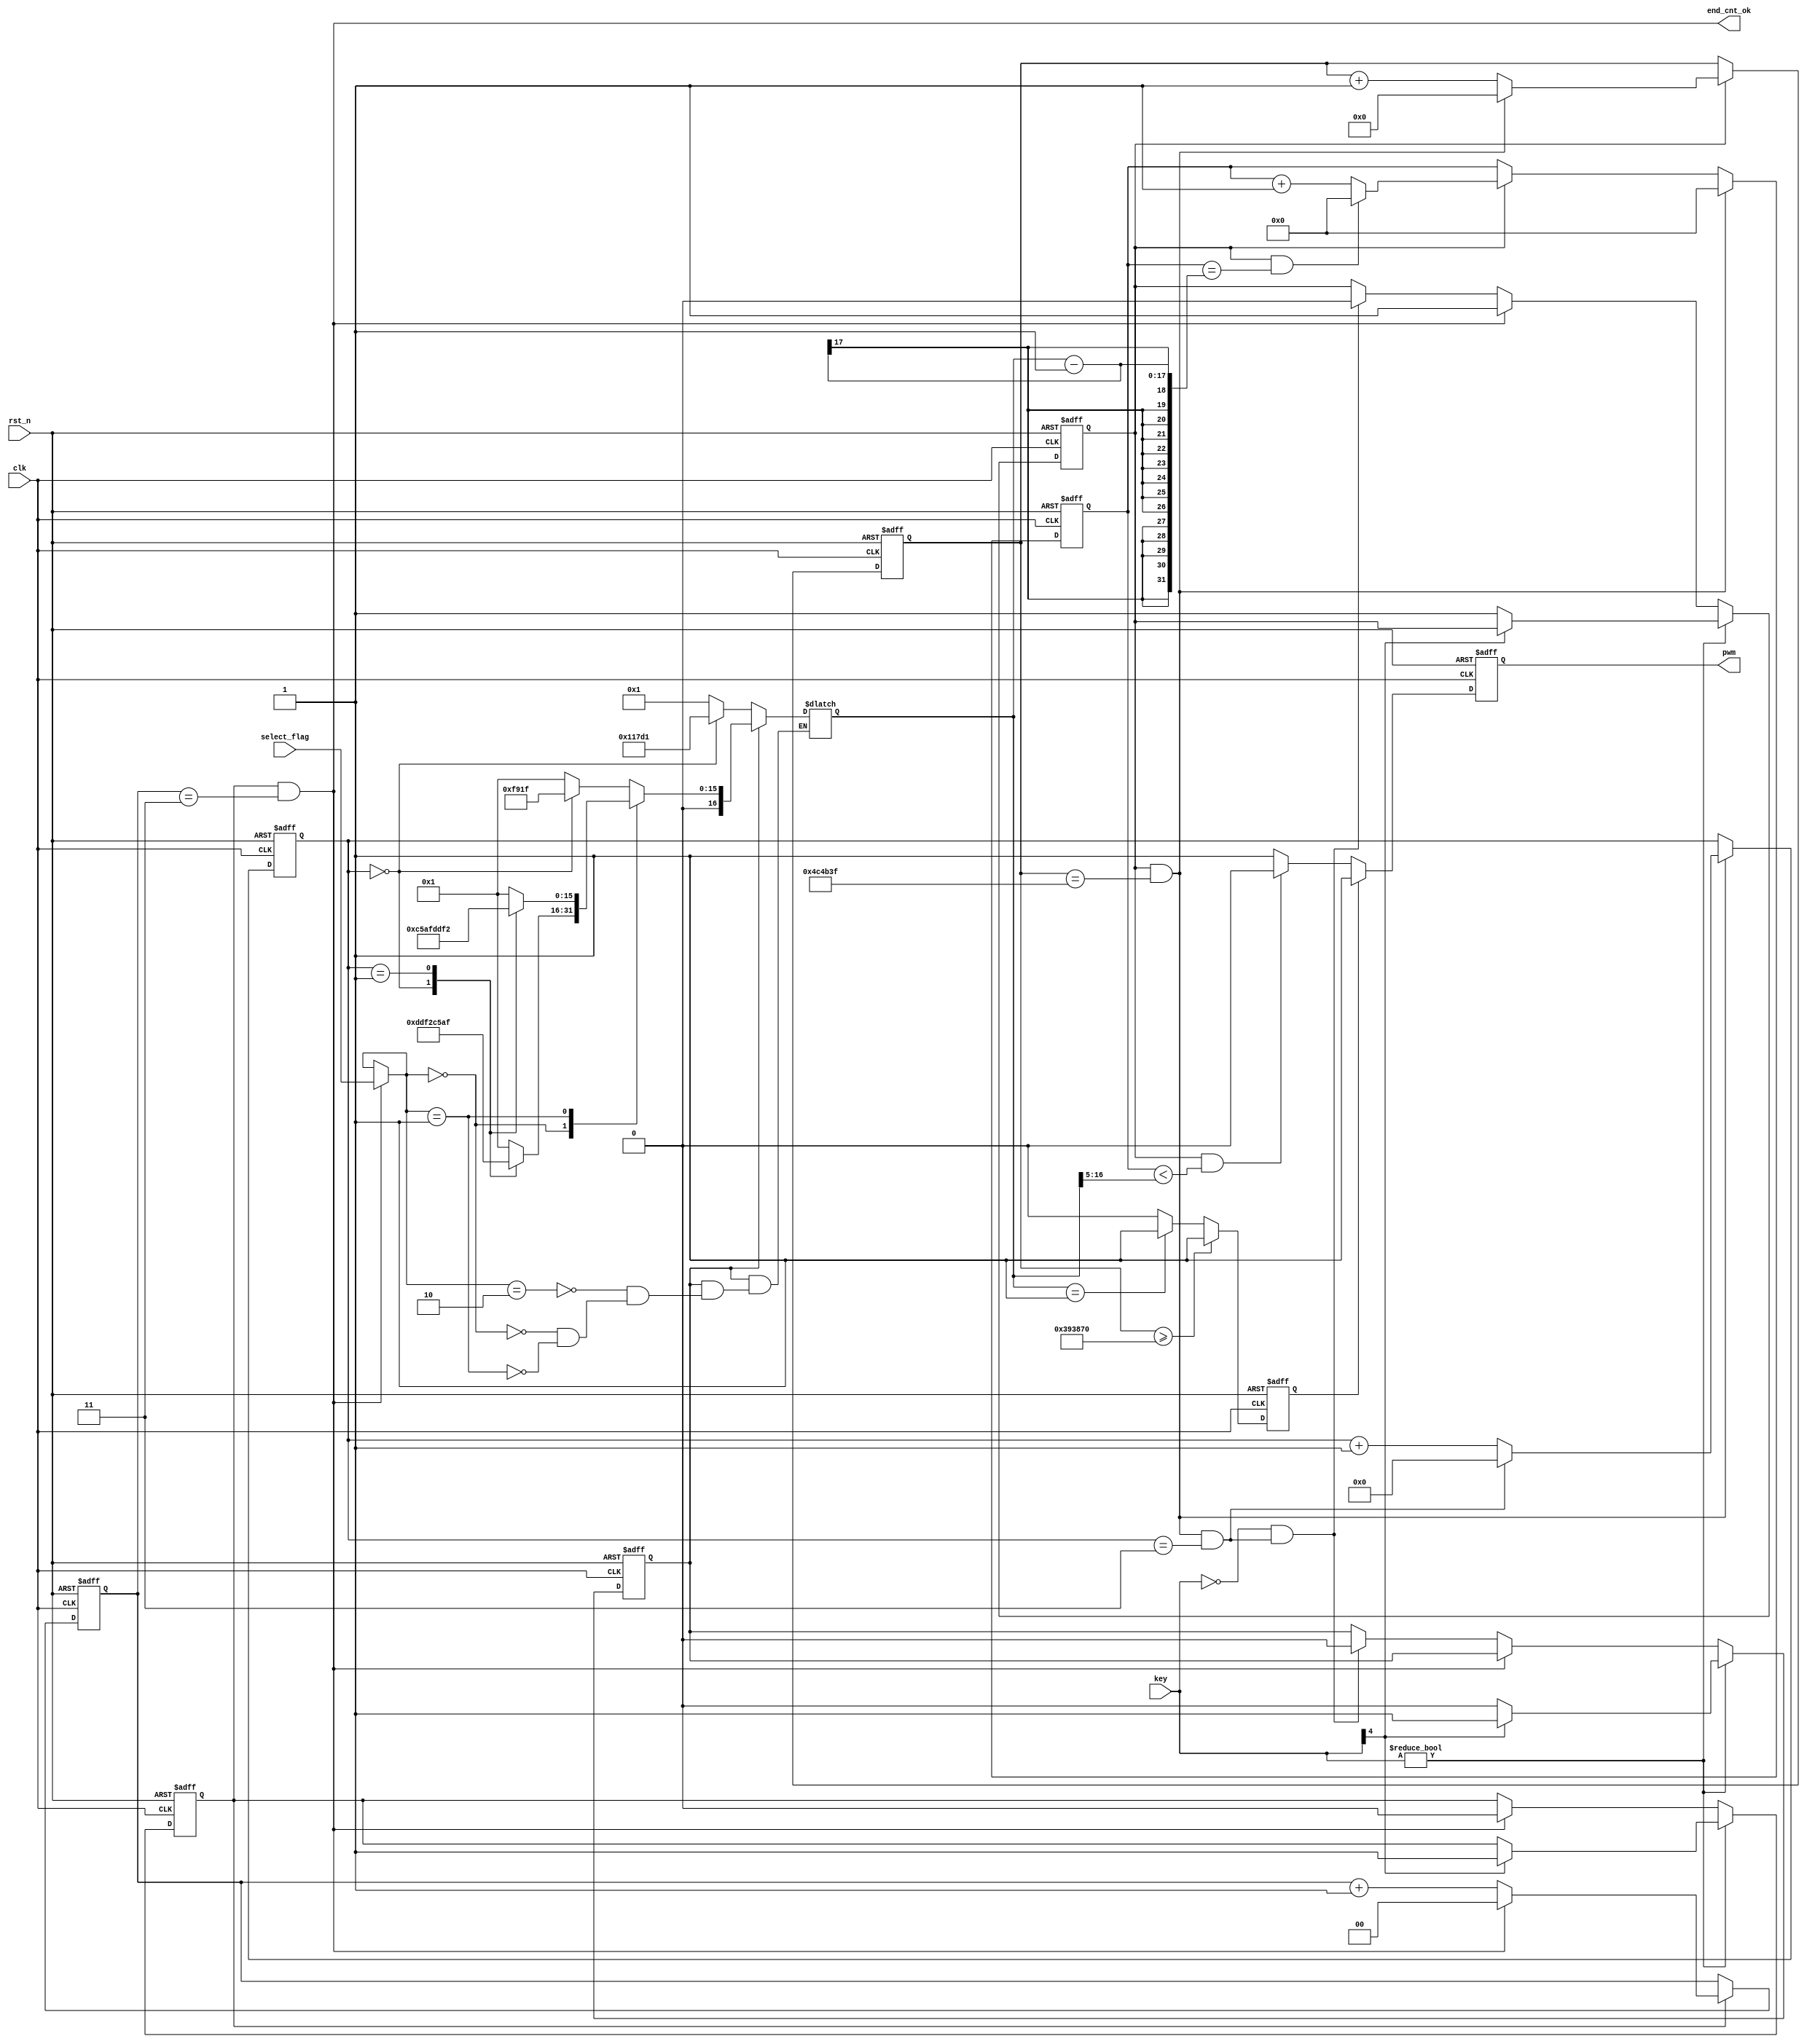
module beep_jingles#(parameter CLK_PRE = 50_000_000, TIME_300MS = 5_000_000)(
    input           clk             ,
    input           rst_n           ,
    input  [4:0]    key             ,
    input  [1:0]    select_flag     ,
    output          end_cnt_ok      ,
    output reg      pwm
);
    //  

    parameter   
        DO_     =   CLK_PRE / 262,
        RE_     =   CLK_PRE / 294,
        MI_     =   CLK_PRE / 330,
        FA_     =   CLK_PRE / 349,
        SO_     =   CLK_PRE / 392,
        LA_     =   CLK_PRE / 440,
        SI_     =   CLK_PRE / 494,             
        DO      =   CLK_PRE / 523,
        RE      =   CLK_PRE / 587,
        MI      =   CLK_PRE / 659,
        FA      =   CLK_PRE / 698,
        SO      =   CLK_PRE / 784,
        LA      =   CLK_PRE / 880,
        SI      =   CLK_PRE / 988;

    reg         [16:0]      cnt1    ;   //
    wire                    add_cnt1;
    wire                    end_cnt1;
    reg         [16:0]      X       ;   //cnt1

    reg         [23:0]      cnt2    ;   //300ms
    wire                    add_cnt2;
    wire                    end_cnt2;

    reg         [7:0]       cnt3    ;   //48
    wire                    add_cnt3;
    wire                    end_cnt3;


    reg                     ctrl    ;   //25%
    reg                     en      ;
    reg                     ok_flag ;//ok
    reg                     cnt_3_enable;
    wire        [1:0]        now_select_flag;
    always @(posedge clk or negedge rst_n)begin 
        if(!rst_n)begin
            en <= 0;
            ok_flag <= 1'b0;
            cnt_3_enable <= 1'b0;
        end 
        else if(key != 5'b0000 )begin 
            if (key[4]==1'b1)begin
                ok_flag <= 1'b1;
                cnt_3_enable <= 1'b1;
            end
            else begin
                ok_flag <= 1'b0;
                en <= 1'b1;
            end
        end
        else if (end_cnt_ok)begin
            en <= 1'b1;
            cnt_3_enable <= 1'b0;
        end
        else if (key == 5'b0000 && end_cnt3 == 1'b1)begin
            en <= 1'b0;
            ok_flag <= 1'b0;
        end
        else begin 
            en <= en;
            ok_flag <= ok_flag;
        end 
    end

    reg         [2-1:0]      cnt_ok    ; //
    wire                    add_cnt_ok; //
    always @(posedge clk or negedge rst_n) begin
        if (!rst_n)begin
             cnt_ok <= 2'b0;
        end
        else if (add_cnt_ok)begin
            if (end_cnt_ok)begin
                cnt_ok<=2'b0;
            end
            else begin
                cnt_ok <= cnt_ok +1'd1;
            end
        end
        else begin
            cnt_ok <= cnt_ok;
        end
    end
    assign add_cnt_ok = cnt_3_enable;
    assign end_cnt_ok = add_cnt_ok && cnt_ok == 2'd3;
    

    always @(posedge clk or negedge rst_n)begin
        if(!rst_n)begin
            cnt1 <= 17'b0; 
        end
        else if(end_cnt2)begin
            cnt1 <= 17'b0;
        end
        else if(add_cnt1)begin
            if(end_cnt1)begin
                cnt1 <= 17'b0;
            end
            else begin
                cnt1 <= cnt1 + 1'b1;
            end
        end
        else begin
            cnt1 <= cnt1;
        end 
    end

    assign add_cnt1 = en;
    assign end_cnt1 = add_cnt1 && cnt1 == X - 1;

    always @(posedge clk or negedge rst_n)begin
        if(!rst_n)begin
            cnt2 <= 24'b0;
        end
        else if(add_cnt2)begin
            if(end_cnt2)begin
                cnt2 <= 24'b0;
            end
            else begin
                cnt2 <= cnt2 + 1'b1;
            end
        end
        else begin
            cnt2 <= cnt2;
        end
    end 

    assign add_cnt2 = en;
    assign end_cnt2 = add_cnt2 && cnt2 == TIME_300MS -1;

    always @(posedge clk or negedge rst_n)begin
        if(!rst_n)begin
            cnt3 <= 6'b0;
        end
        else if(add_cnt3)begin
            if(end_cnt3)begin
                cnt3 <= 24'b0;
            end
            else begin
                cnt3 <= cnt3 + 1'b1;
            end
        end
        else begin
            cnt3 <= cnt3;
        end
    end 

    assign add_cnt3 = end_cnt2;
    assign end_cnt3 = add_cnt3 && cnt3 == 4 - 1;
    reg    update_flag;
    always @(posedge clk or negedge rst_n) begin
        if (!rst_n)begin
            update_flag <= 1'b0;
        end
        else begin
            if (end_cnt_ok)begin
                update_flag <= 1'b1;
            end
            else begin
                update_flag <= 1'b0;
            end
        end
    end
    assign now_select_flag =(end_cnt_ok)?select_flag:now_select_flag;
    always @(*)begin
        if (ok_flag)begin
            case (now_select_flag)
                2'b10:
                case (cnt3)
                    0:          X = SO;
                    1:          X = 1;  
                    2:          X = 1;
                    3:          X = 1;
                default:X=1;
            endcase
                2'b00:
                                case (cnt3)
                    0:          X = LA;
                    1:          X = SI;  
                    2:          X = 1;
                    3:          X = 1;
                default:X=1;
            endcase
                2'b01:
                                case (cnt3)
                    0:          X = SI;
                    1:          X = LA;  
                    2:          X = 1;
                    3:          X = 1;
                default:X=1;
            endcase
                default: ;
            endcase  
        end
        else begin
                case (cnt3)
                    0:          X = FA;
                    1:          X = 1;  
                    2:          X = 1;
                    3:          X = 1;
                default:X=1;
            endcase
        end
    end

    always @(posedge clk or negedge rst_n)begin
        if(!rst_n)begin
            ctrl <= 1'b0;
        end
        else if(cnt2 >= ((TIME_300MS >> 1) + (TIME_300MS >>2)))begin
            ctrl <= 1'b1;
        end
        else if(X == 1)begin
            ctrl <= 1'b1;
        end
        else begin
            ctrl <= 1'b0;
        end
    end

    always @(posedge clk or negedge rst_n)begin
        if(!rst_n)begin
            pwm <= 1'b1;
        end
        else if(ctrl)begin
            pwm <= 1'b1;
        end
        else if(en && (cnt1 < (X >> 5)))begin
            pwm <= 1'b0;
        end
        else begin
            pwm <= 1'b1;
        end
    end


endmodule